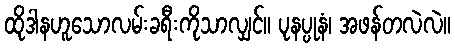
ထိုဒါနဟူသောလမ်းခရီးကိုသာလျှင်။ ပုနပ္ပုနံ၊ အဖန်တလဲလဲ။